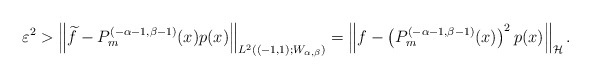
\begin{align*}\varepsilon^2&>\left\|\widetilde f - P_m^{(-\alpha-1,\beta-1)}(x) p(x) \right\|_{L^2((-1,1);W_{\alpha,\beta})} =\left\|f - \left(P_m^{(-\alpha-1,\beta-1)}(x)\right)^2 p(x) \right\|_{\mathcal H} .\end{align*}